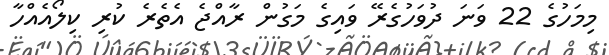
މިމަހުގެ 22 ވަނަ ދުވަހުގެރޭ ވައިގެ މަގުން ރާއްޖެ އެތެރެ ކުރި ކިލޯއެއްހާ